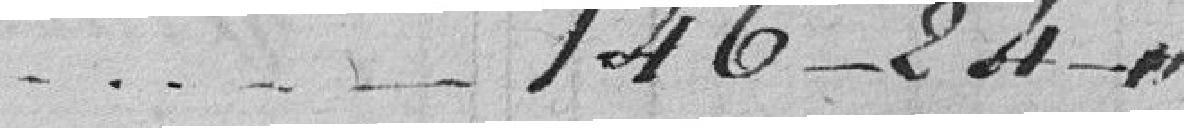
......146-24-0